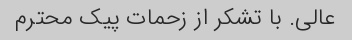
عالی. با تشکر از زحمات پیک محترم